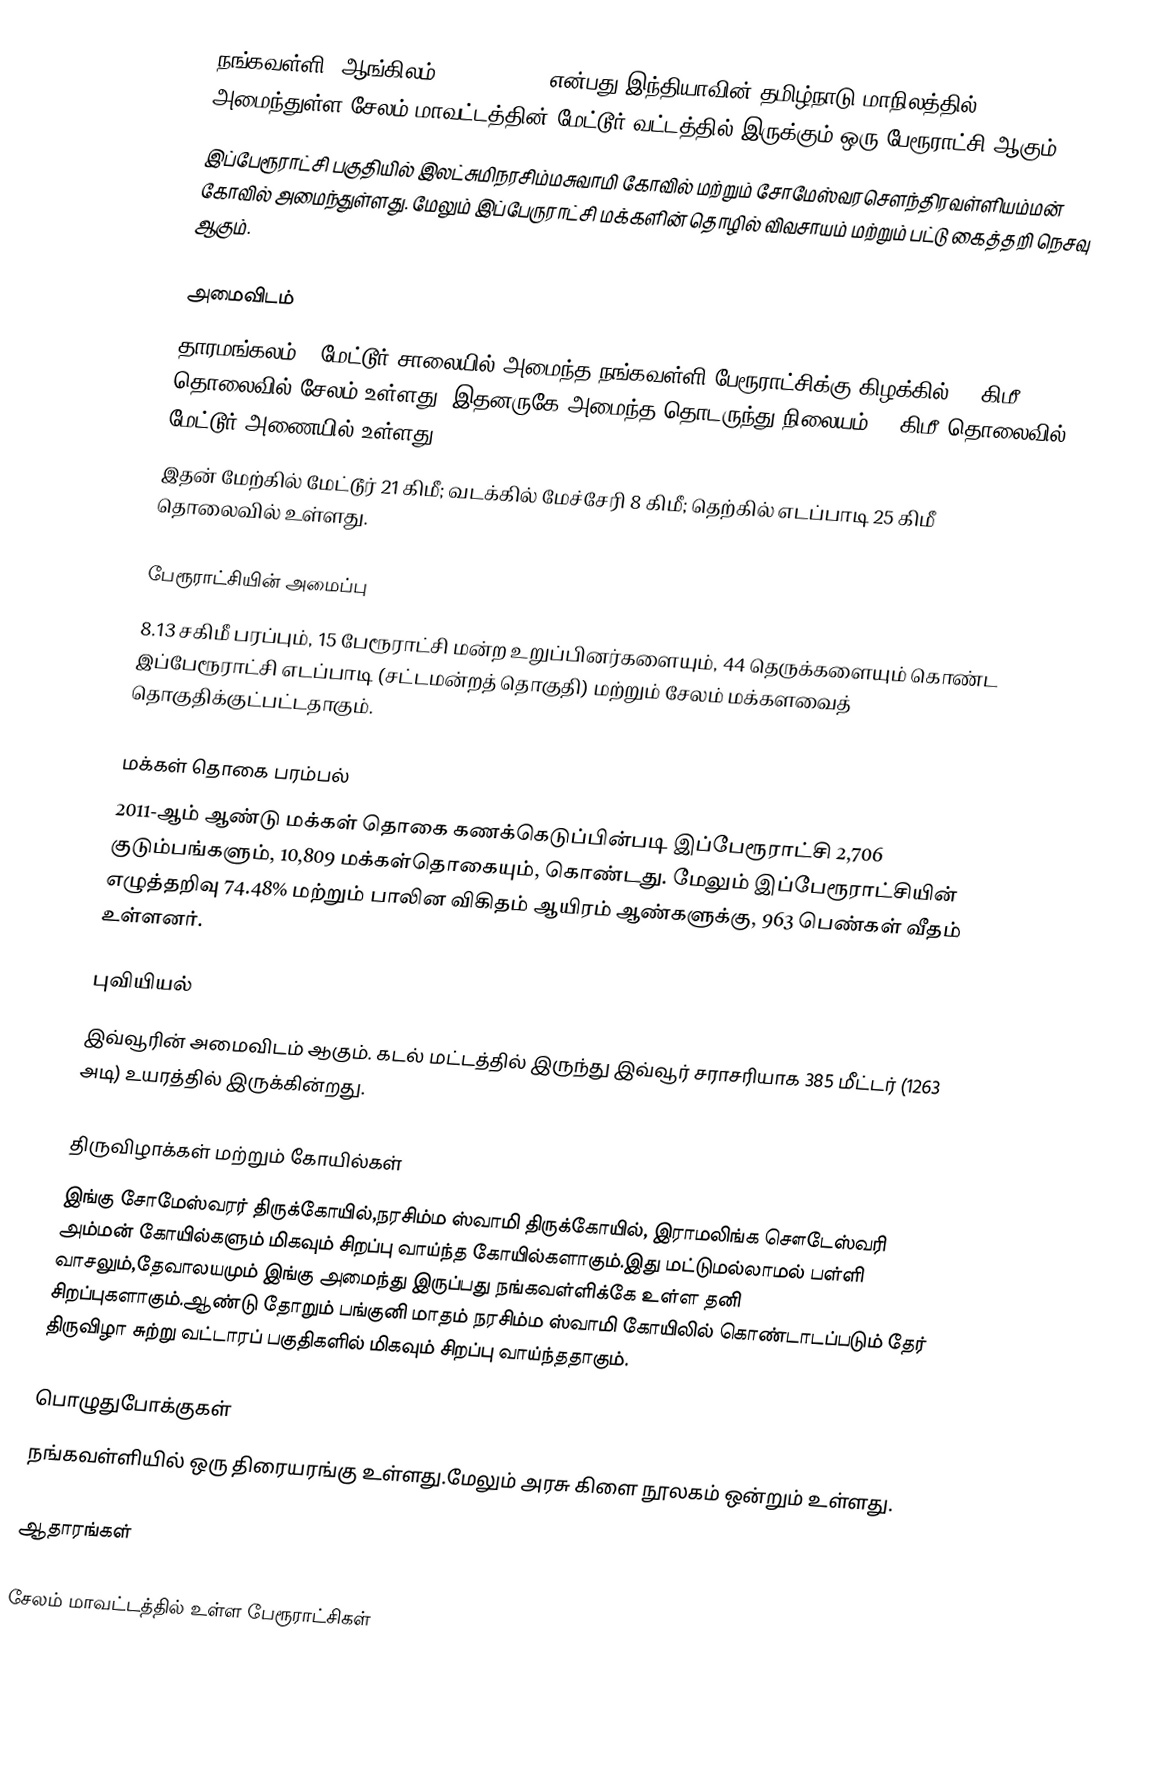
நங்கவள்ளி (ஆங்கிலம்:Nangavalli), என்பது இந்தியாவின் தமிழ்நாடு மாநிலத்தில் அமைந்துள்ள சேலம் மாவட்டத்தின் மேட்டூர் வட்டத்தில் இருக்கும் ஒரு பேரூராட்சி ஆகும்.
இப்பேரூராட்சி பகுதியில் இலட்சுமிநரசிம்மசுவாமி கோவில் மற்றும் சோமேஸ்வரசௌந்திரவள்ளியம்மன் கோவில் அமைந்துள்ளது. மேலும் இப்பேருராட்சி மக்களின் தொழில் விவசாயம் மற்றும் பட்டு கைத்தறி நெசவு ஆகும்.

அமைவிடம்
தாரமங்கலம் –  மேட்டூர் சாலையில் அமைந்த நங்கவள்ளி பேரூராட்சிக்கு கிழக்கில் 38 கிமீ தொலைவில் சேலம் உள்ளது. இதனருகே அமைந்த தொடருந்து நிலையம் 15 கிமீ தொலைவில் மேட்டூர் அணையில் உள்ளது.
இதன் மேற்கில் மேட்டூர் 21 கிமீ; வடக்கில் மேச்சேரி 8 கிமீ; தெற்கில் எடப்பாடி 25 கிமீ தொலைவில் உள்ளது.

பேரூராட்சியின் அமைப்பு
8.13 சகிமீ பரப்பும், 15  பேரூராட்சி மன்ற உறுப்பினர்களையும், 44 தெருக்களையும்  கொண்ட இப்பேரூராட்சி எடப்பாடி (சட்டமன்றத் தொகுதி) மற்றும் சேலம் மக்களவைத் தொகுதிக்குட்பட்டதாகும்.

மக்கள் தொகை பரம்பல்
2011-ஆம் ஆண்டு மக்கள் தொகை கணக்கெடுப்பின்படி  இப்பேரூராட்சி 2,706 குடும்பங்களும், 10,809 மக்கள்தொகையும், கொண்டது. மேலும் இப்பேரூராட்சியின் எழுத்தறிவு 74.48%  மற்றும்  பாலின விகிதம்  ஆயிரம் ஆண்களுக்கு,    963  பெண்கள் வீதம் உள்ளனர்.

புவியியல்
இவ்வூரின் அமைவிடம்  ஆகும். கடல் மட்டத்தில் இருந்து இவ்வூர் சராசரியாக 385 மீட்டர் (1263 அடி) உயரத்தில் இருக்கின்றது.

திருவிழாக்கள் மற்றும் கோயில்கள்
இங்கு சோமேஸ்வரர் திருக்கோயில்,நரசிம்ம ஸ்வாமி திருக்கோயில், இராமலிங்க சௌடேஸ்வரி அம்மன் கோயில்களும் மிகவும் சிறப்பு வாய்ந்த கோயில்களாகும்.இது மட்டுமல்லாமல் பள்ளி வாசலும்,தேவாலயமும் இங்கு அமைந்து இருப்பது நங்கவள்ளிக்கே உள்ள தனி சிறப்புகளாகும்.ஆண்டு தோறும் பங்குனி மாதம் நரசிம்ம ஸ்வாமி கோயிலில் கொண்டாடப்படும் தேர் திருவிழா சுற்று வட்டாரப் பகுதிகளில் மிகவும் சிறப்பு வாய்ந்ததாகும்.

பொழுதுபோக்குகள்
நங்கவள்ளியில் ஒரு திரையரங்கு உள்ளது.மேலும் அரசு கிளை நூலகம் ஒன்றும் உள்ளது.

ஆதாரங்கள்

சேலம் மாவட்டத்தில் உள்ள பேரூராட்சிகள்